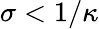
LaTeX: \sigma<1/\kappa